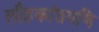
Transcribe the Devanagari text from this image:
लौहकांतमणि